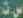
ست